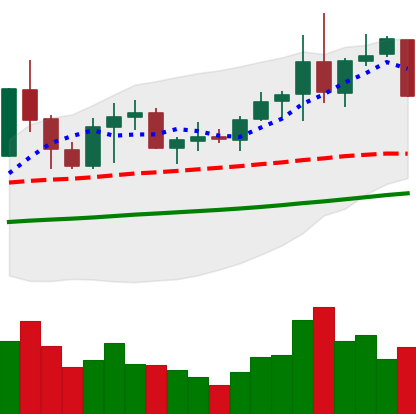
Ticker: NEO-USD
Chart end date: 2019-06-03
Forward return: -4.681%
Label: down_3_5